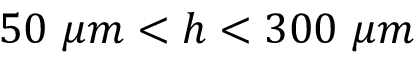
5 0 ~ \mu m < h < 3 0 0 ~ \mu m